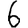
Digit: 6